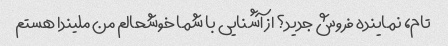
تام، نماینده فروش جدید؟ از آشنایی با شما خوشحالم من ملیندا هستم